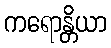
ကရောန္တိယာ